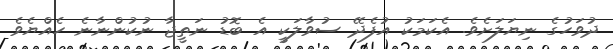
ދުވަހުގެ ނިޔަލަށެވެ. އެކަމަކު އުފެދޭ ސުވާލަކީ އެ ބޮޑު ނަތީޖާ ނުކުންނާނެ ހެއްޔެވެ